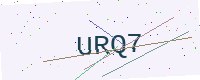
Text: URQ7